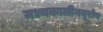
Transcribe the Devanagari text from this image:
मध्यकालीनयूरोप